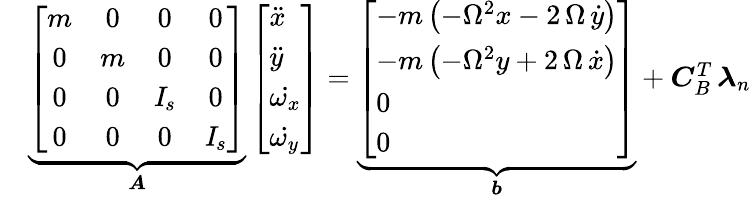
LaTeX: \begin{array}{rl}&{\underbrace{\left[\begin{array}{cccc}{m}&{0}&{0}&{0}\\ {0}&{m}&{0}&{0}\\ {0}&{0}&{{\mathit I_{s}}}&{0}\\ {0}&{0}&{0}&{{\mathit I_{s}}}\end{array}\right]}_{\boldsymbol A}\left[\begin{array}{l}{\ddot{x}}\\ {\ddot{y}}\\ {\dot{\omega_{x}}}\\ {\dot{\omega_{y}}}\end{array}\right]=\underbrace{\left[\begin{array}{l}{-m\left(-{\Omega}^{2}x-2\, \Omega\, {\dot{y}}\right)}\\ {-m\left(-{\Omega}^{2}y+2\, \Omega\, {\dot{x}}\right)}\\ {0}\\ {0}\end{array}\right]}_{\boldsymbol b}+\boldsymbol C_{B}^{T}\, \boldsymbol\lambda_{n}}\end{array}